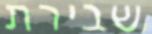
שבירת